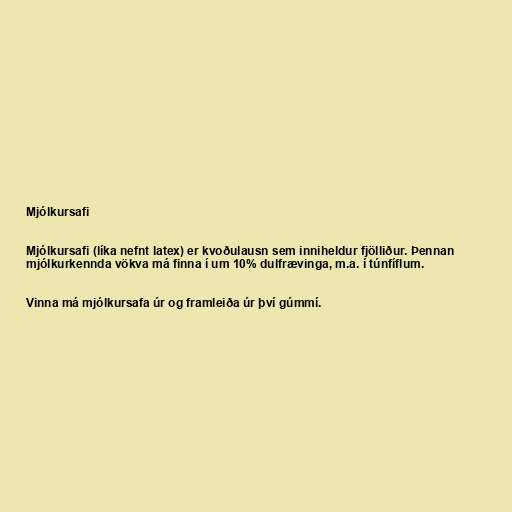
Mjólkursafi

Mjólkursafi (líka nefnt latex) er kvoðulausn sem inniheldur fjölliður. Þennan
mjólkurkennda vökva má finna í um 10% dulfrævinga, m.a. í túnfíflum.

Vinna má mjólkursafa úr og framleiða úr því gúmmí.